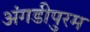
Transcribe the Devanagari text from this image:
अंगडीपुरम